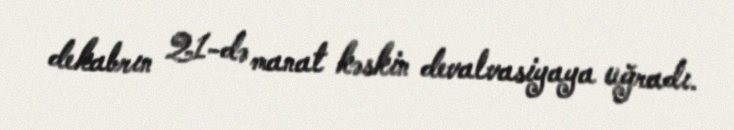
dekabrın 21-də manat kəskin devalvasiyaya uğradı.